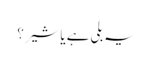
یہ بلی ہے یا شیر؟